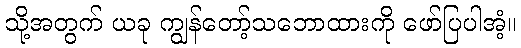
သို့အတွက် ယခု ကျွန်တော့်သဘောထားကို ဖော်ပြပါအံ့။